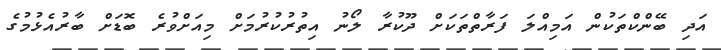
އަދި ބޭންކްތަކުން އަމިއްލަ ފަރާތްތަކަށް ދޫކުރާ ލޯނު އިތުރުކުރުމަށް މިއަށްވުރެ ބޮޑަށް ބާރުއެޅުމުގެ